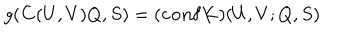
LaTeX: g ( { \bf C } ( U , V ) Q , S ) = ( { \bf c o n f } { \bf K } ) ( U , V ; Q , S )